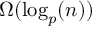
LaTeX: \Omega ( \log _ { p } ( n ) )